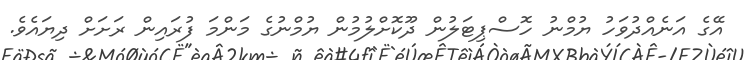
އޭގެ އަނެއްދުވަހު ޔުމްނު ހޮސްޕިޓަލުން ދޫކޮށްލުމުން ޔުމްނުގެ މަންމަ ފުރައިން ރަށަށް ދިޔައެވެ.